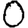
Digit: 0